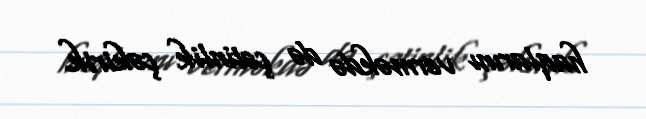
haqlarını verməkdə də çətinlik çəkirik.